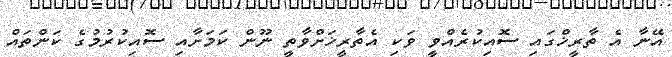
އޭނާ އެ ތާރީޚްގައި ސޮއިކުރެއްވީ ވަކި އެތާރީޚަށްވާތީ ނޫން ކަމަށާއި ސޮއިކުރުމުގެ ކަންތައް